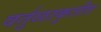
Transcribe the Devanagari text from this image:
वर्तुळाकृतीत